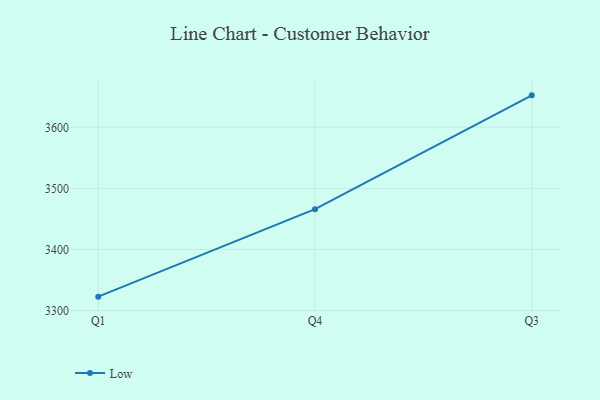
{"axis": {"x": "Quarter", "y": "Active Users"}, "legend": ["Low"], "data": [{"x": "Q1", "y": 3322.8, "type": "Low"}, {"x": "Q4", "y": 3466.0, "type": "Low"}, {"x": "Q3", "y": 3652.3, "type": "Low"}]}